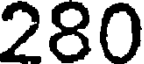
280